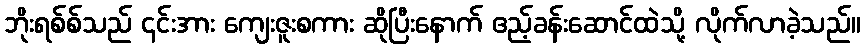
ဘိုးရစ်စ်သည် ၎င်းအား ကျေးဇူးစကား ဆိုပြီးနောက် ဧည့်ခန်းဆောင်ထဲသို့ လိုက်လာခဲ့သည်။